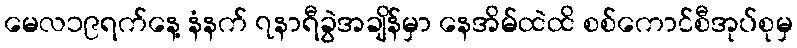
မေလ၁၉ရက်နေ့ နံနက် ၇နာရီခွဲအချိန်မှာ နေအိမ်ထဲထိ စစ်ကောင်စီအုပ်စုမှ